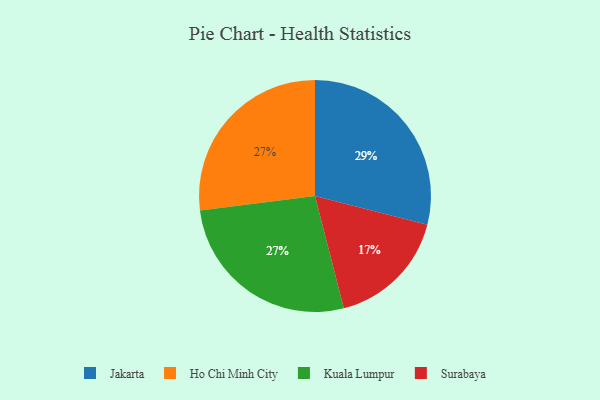
{"axis": {"x": "Category", "y": "Percentage"}, "legend": ["Ho Chi Minh City", "Jakarta", "Kuala Lumpur", "Surabaya"], "data": [{"x": "Surabaya", "y": 17, "type": "Surabaya"}, {"x": "Jakarta", "y": 29, "type": "Jakarta"}, {"x": "Ho Chi Minh City", "y": 27, "type": "Ho Chi Minh City"}, {"x": "Kuala Lumpur", "y": 27, "type": "Kuala Lumpur"}]}